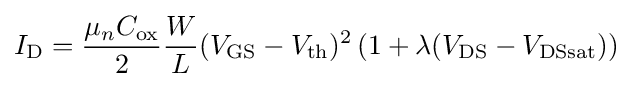
I_{\rm {D}}={\frac {\mu _{n}C_{\rm {ox}}}{2}}{\frac {W}{L}}(V_{\rm {GS}}-V_{\rm {th}})^{2}\left(1+\lambda (V_{\rm {DS}}-V_{\rm {DSsat}})\right)